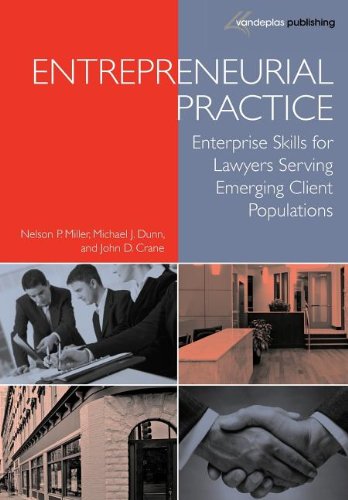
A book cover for Entrepreneurial Practice: Enterprise Skills for Lawyers Serving Emerging Client Populations; Nelson P. Miller; Law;